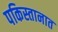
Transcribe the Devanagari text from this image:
पकिस्तानात